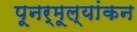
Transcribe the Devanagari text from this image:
पूनर्मूल्यांकन